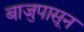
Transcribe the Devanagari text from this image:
बाजुपासून